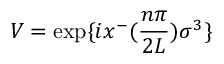
V = \exp \{ i x ^ { - } ( { \frac { n \pi } { 2 L } } ) { \sigma } ^ { 3 } \}